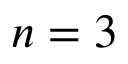
n = 3